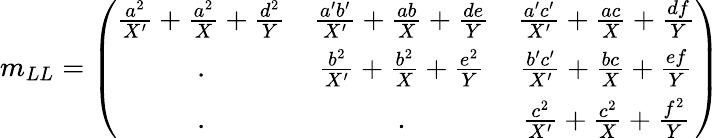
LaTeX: m_{LL}=\left(\begin{array}{ccc}{{\frac{a^{2}}{X^{\prime}}+\frac{a^{2}}{X}+\frac{d^{2}}{Y}}}&{{\frac{a^{\prime}b^{\prime}}{X^{\prime}}+\frac{ab}{X}+\frac{de}{Y}}}&{{\frac{a^{\prime}c^{\prime}}{X^{\prime}}+\frac{ac}{X}+\frac{df}{Y}}}\\ {{.}}&{{\frac{b^{2}}{X^{\prime}}+\frac{b^{2}}{X}+\frac{e^{2}}{Y}}}&{{\frac{b^{\prime}c^{\prime}}{X^{\prime}}+\frac{bc}{X}+\frac{ef}{Y}}}\\ {{.}}&{{.}}&{{\frac{c^{2}}{X^{\prime}}+\frac{c^{2}}{X}+\frac{f^{2}}{Y}}}\end{array}\right)